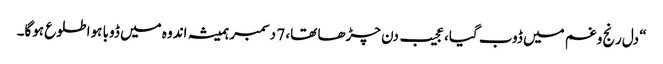
“ دل رنج و غم میں ڈوب گیا، عجیب دن چڑھا تھا، 7 دسمبر ہمیشہ اندوہ میں ڈوبا ہوا طلوع ہوگا۔